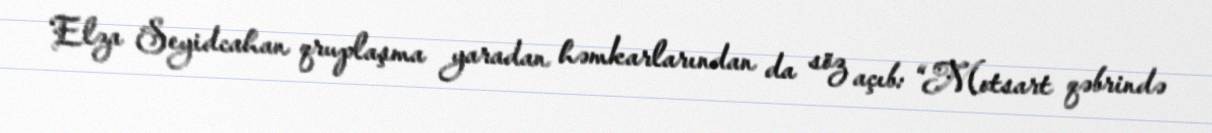
Elza Seyidcahan qruplaşma yaradan həmkarlarından da söz açıb: “Motsart qəbrində